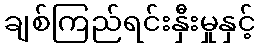
ချစ်ကြည်ရင်းနှီးမှုနှင့်